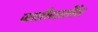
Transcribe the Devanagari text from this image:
जातीजातींत